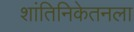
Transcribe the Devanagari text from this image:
शांतिनिकेतनला